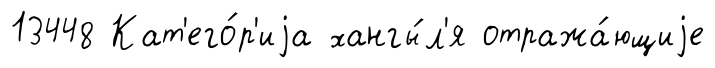
13448 Кат'его́р'иjа хангы́л'я отража́ющиjе